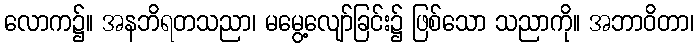
လောက၌။ အနဘိရတသညာ၊ မမွေ့လျော်ခြင်း၌ ဖြစ်သော သညာကို။ အဘာဝိတာ၊